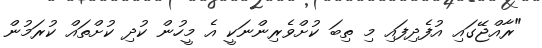
"ރާއްޖޭގައި އުފެދިފައި މި ތިބަ ކުށްވެރިންނަކީ އެ މީހުން ކުދި ކުށްތައް ކުރަމުން